Civil Veterinary Department. United Provinces 1912-22 - 1912-1922
Year: 1912
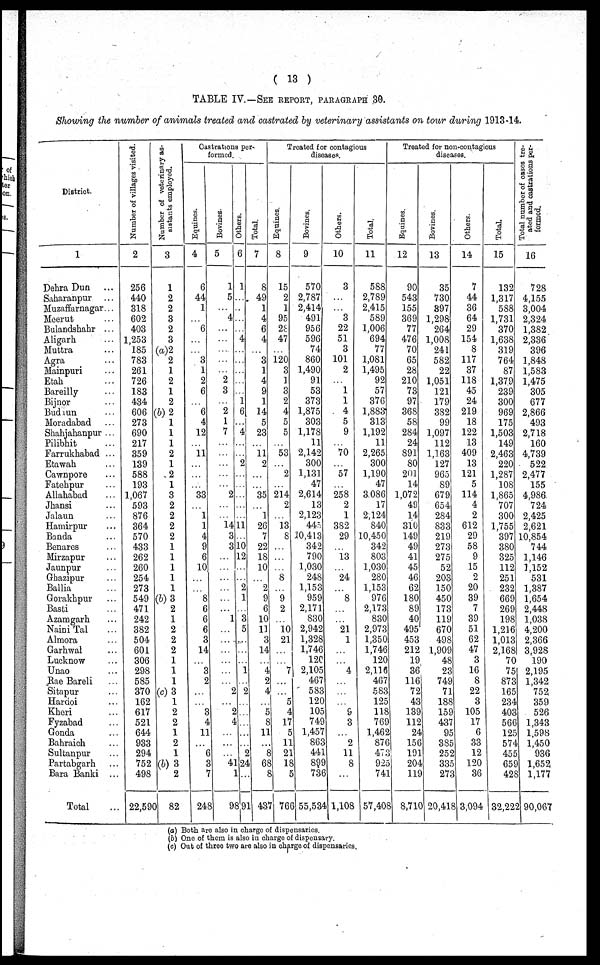
( 13 )
TABLE IV.—SEE REPORT, PARAGRAPH 30.
Showing the number of animals treated and castrated by veterinary assistants on tour during 1913-14.
District.
1
Dehra Dun ...
Saharanpur ...
Muzaffarnagar ...
Meerut ...
Bulandshahr ...
Aligarh ...
Muttra ...
Agra ...
Mainpuri ...
Etah ...
Bareilly ...
Bijnor ...
Budhun ...
Moradabad ...
Shahjahanpur ...
Pilibhit ...
Farrukhabad ...
Etawah ...
Cawnpore ...
Fatehpur ...
Allahabad ...
Jhansi ...
Jalaun ...
Hamirpur ...
Banda ...
Benares ...
Mirzapur ...
Jaunpur ...
Ghazipur ...
Ballia ...
Gorakhpur ...
Basti ...
Azamgarh ...
Naini Tal ...
Almora ...
Garhwal ...
Lucknow ...
Unao ...
Rae Bareli ...
Sitapur ...
Hardoi ...
Kheri ...
Fyzabad ...
Gonda ...
Bahraich ...
Sultanpur ...
Partabgarh ...
Bara Banki ...
Total ...
Number of villages visited.
2
256
440
318
602
403
1,253
185
783
261
726
183
434
606
273
690
217
359
139
588
193
1,067
593
876
364
570
433
262
260
254
273
549
471
242
382
504
601
306
298
585
370
162
617
521
644
933
294
752
498
22,590
Number of veterinary as-
sistants employed.
3
1
2
2
3
2
3
(a)2
2
1
2
1
2
(b) 2
1
1
1
2
1
2
1
3
2
2
2
2
1
1
1
1
1
(b) 3
2
1
2
2
2
1
1
1
(c) 3
1
2
2
1
2
1
(b) 3
2
82
Castrations per-
formed.
Equines.
4
6
44
1
...
6
...
...
3
1
2
6
...
6
4
12
...
11
...
...
...
33
...
1
1
4
9
6
10
...
...
8
6
6
6
3
14
...
3
2
...
...
3
4
11
...
6
3
7
248
Bovines.
5
1
5
...
4
...
...
...
...
...
2
3
...
2
1
7
...
...
...
...
...
2
...
...
14 3
3
...
...
...
...
...
...
1
...
...
...
...
...
...
2
...
2
4
...
...
...
41
1
98
Others.
6
1
...
...
...
...
4
...
...
...
...
...
1
6
...
4
...
...
2
...
...
...
...
...
11
...
10
12
...
...
2
1
...
3
5
...
...
...
1
...
2
...
...
...
...
...
2
24
...
91
Total.
7
8
49
1
4
6
4
...
3
1
4
9
1
14
5
23
...
11
2
...
...
35
...
1
26
7
22
18
10
...
2
9
6
10
11
3
14
...
4
2
4
...
5
8
11
...
8
68
8
437
Treated for contagious
diseases.
Equines.
8
15
2
1
95
28
47
...
120
3
1
3
2
4
5
5
...
53
...
2
214
2
...
13
8
...
...
...
8
...
9
2
...
10
21
...
...
7
...
...
5
4
17
5
11
21
18
5
766
Bovines.
9
570
2,787
2,414
491
956
596
74
860
1,490
91
53
373
1,875
303
1,178
11
2,142
300
1,131
47
2,614
13
2,123
445
10,413
342
790
1,030
248
1,153
959
2,171
830
2,942
1,328
1,746
120
2,105
467
583
120
105
749
1,457
863
441
899
736
55,534
Others.
10
3
...
...
3
22
51
3
101
2
...
1
1
4
5
9
...
70
...
57
...
258
2
1
382
29
...
13
...
24
...
8
...
...
21
1
...
...
4
...
...
...
9
3
...
2
11
8
...
1,108
Total.
11
588
2,789
2,415
589
1,006
694
77
1,081
1,495
92
57
376
1,883
313
1,192
11
2,265
300
1,190
47
3,086
17
2,124
840
10,450
342
803
1,030
280
1,153
976
2,173
830
2,973
1,350
1,746
120
2,116
467
583
125
118
769
1,462
876
473
925
741
57,408
Treated for non-contagious
diseases.
Equines.
12
90
543
155
369
77
476
70
65
28
210
73
97
368
58
284
24
891
80
201
14
1,072
49
14
310
149
49
41
45
46
62
180
89
40
495
453
212
19
36
116
72
43
139
112
24
156
191
204
119
8,710
Bovines.
13
35
730
397
1,298
264
1,008
241
582
22
1,051
121
179
382
99
1,097
112
1,163
127
965
89
679
654
284
833
219
273
275
52
203
150
450
173
119
670
498
1,909
48
23
749
71
188
159
437
95
385
252
335
273
20,418
Others.
14
7
44
36
64
29
154
8
117
37
118
45
24
219
18
122
13
409
13
121
5
114
4
2
612
29
58
9
15
2
20
39
7
39
51
62
47
3
16
8
22
3
105
17
6
33
12
120
36
3,094
Total.
15
132
1,317
588
1,731
370
1,638
319
764
87
1,379
239
300
969
175
1,503
149
2,463
220
1,287
108
1,865
707
300
1,755
397
380
325
112
251
232
669
269
198
1,216
1,013
2,168
70
75
873
165
234
403
566
125
574
455
659
428
32,222
Total number of cases tre-
ated and castrations per-
formed.
16
728
4,155
3,004
2,324
1,382
2,336
396
1,848
1,583
1,475
305
677
2,866
493
2,718
160
4,739
522
2,477
155
4,986
724
2,425
2,621
10,854
744
1,146
1,152
531
1,387
1,654
2,448
1,038
4,200
2,366
3,928
190
2,195
1,342
752
359
526
1,343
1,598
1,450
936
1,652
1,177
90,067
(a) Both are also in charge of dispensaries.
(b) One of them is also in charge of dispensary.
(c) Out of three two are also in charge of dispensaries.